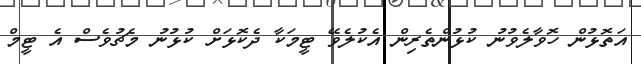
އަތޮޅުން ހޮވާލެވުނު ކުޅުންތެރިން އެކުލެވޭ ޓީމަކާ ދެކޮޅަށް ކުޅުނު މެޗުވެސް އެ ޓީމް